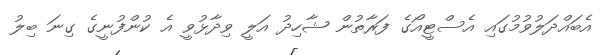
އެބައްދަލުވުމުގައި އެސްޓީއޯގެ ފަރާތުން ޝާހިދު އަލީ ވިދާޅުވީ އެ ކުންފުނީގެ ގިނަ ބިލު